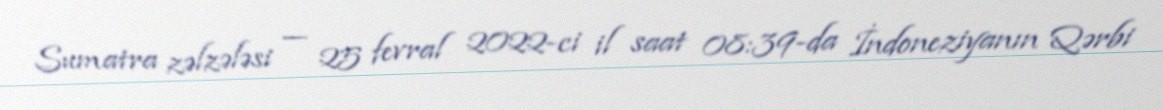
Sumatra zəlzələsi — 25 fevral 2022-ci il saat 08:39-da İndoneziyanın Qərbi